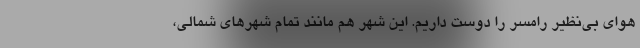
هوای بی‌نظیر رامسر را دوست داریم. این شهر هم مانند تمام شهرهای شمالی،